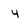
Character: 4